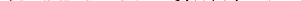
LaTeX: \smash{\ensuremath{F_{\! s}}(k,t)\to 1}